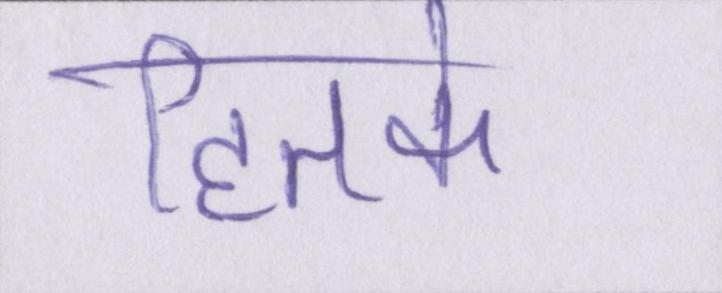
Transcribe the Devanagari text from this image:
हितके